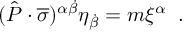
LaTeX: ( \hat { P } \cdot \overline { { \sigma } } ) ^ { \alpha \dot { \beta } } \eta _ { \dot { \beta } } = m \xi ^ { \alpha } \; \; .